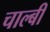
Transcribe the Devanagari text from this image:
चाल्बी